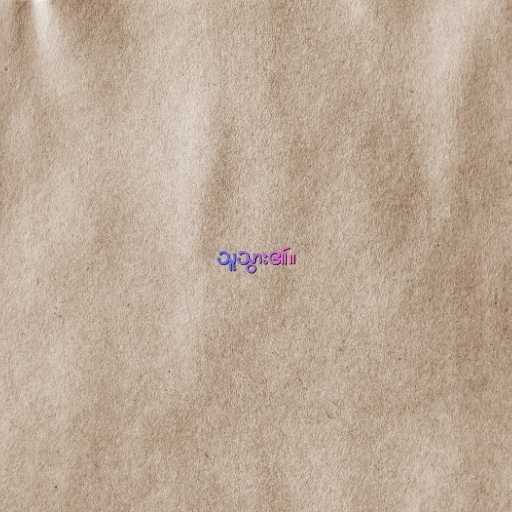
သူသွား၏။